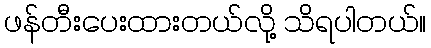
ဖန်တီးပေးထားတယ်လို့ သိရပါတယ်။